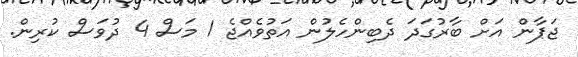
ޖަޕާން އަށް ބާރުގަދަ ދެބިންހެލުން އަތުވެއްޖެ 1 މަސް 4 ދުވަސް ކުރިން.